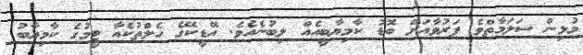
މުޅިން ސަލަމާތްވެ ފަރުވާއަށް ބޮޑު ކާމިޔާބީއެއް ލިބުނެއެވެ. އޭޑީކޭގެ ހެލްތުކެއާ ޓީމުގެ ކާމިޔާބު